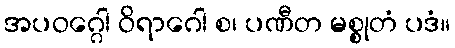
အပဝဂ္ဂေါ ဝိရာဂေါ စ၊ ပဏီတ မစ္စုတံ ပဒံ။